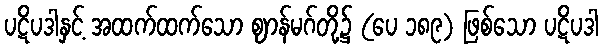
ပဋိပဒါနှင့် အထက်ထက်သော ဈာန်မဂ်တို့၌ (ပေ ၁၈၉) ဖြစ်သော ပဋိပဒါ